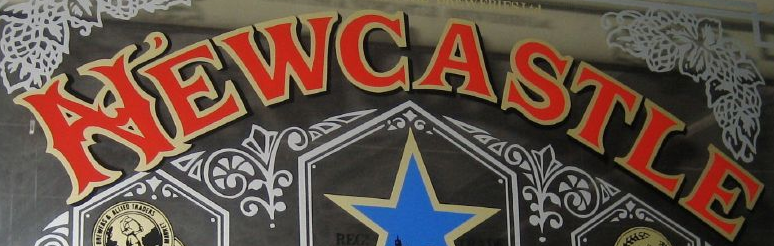
NEWCASTLE